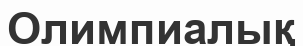
Олимпиалық